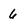
Character: 6